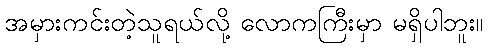
အမှားကင်းတဲ့သူရယ်လို့ လောကကြီးမှာ မရှိပါဘူး။